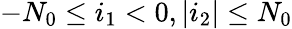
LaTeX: -N_{0}\leq i_{1}<0,|i_{2}|\leq N_{0}